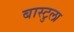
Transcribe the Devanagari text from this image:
बास्टुला